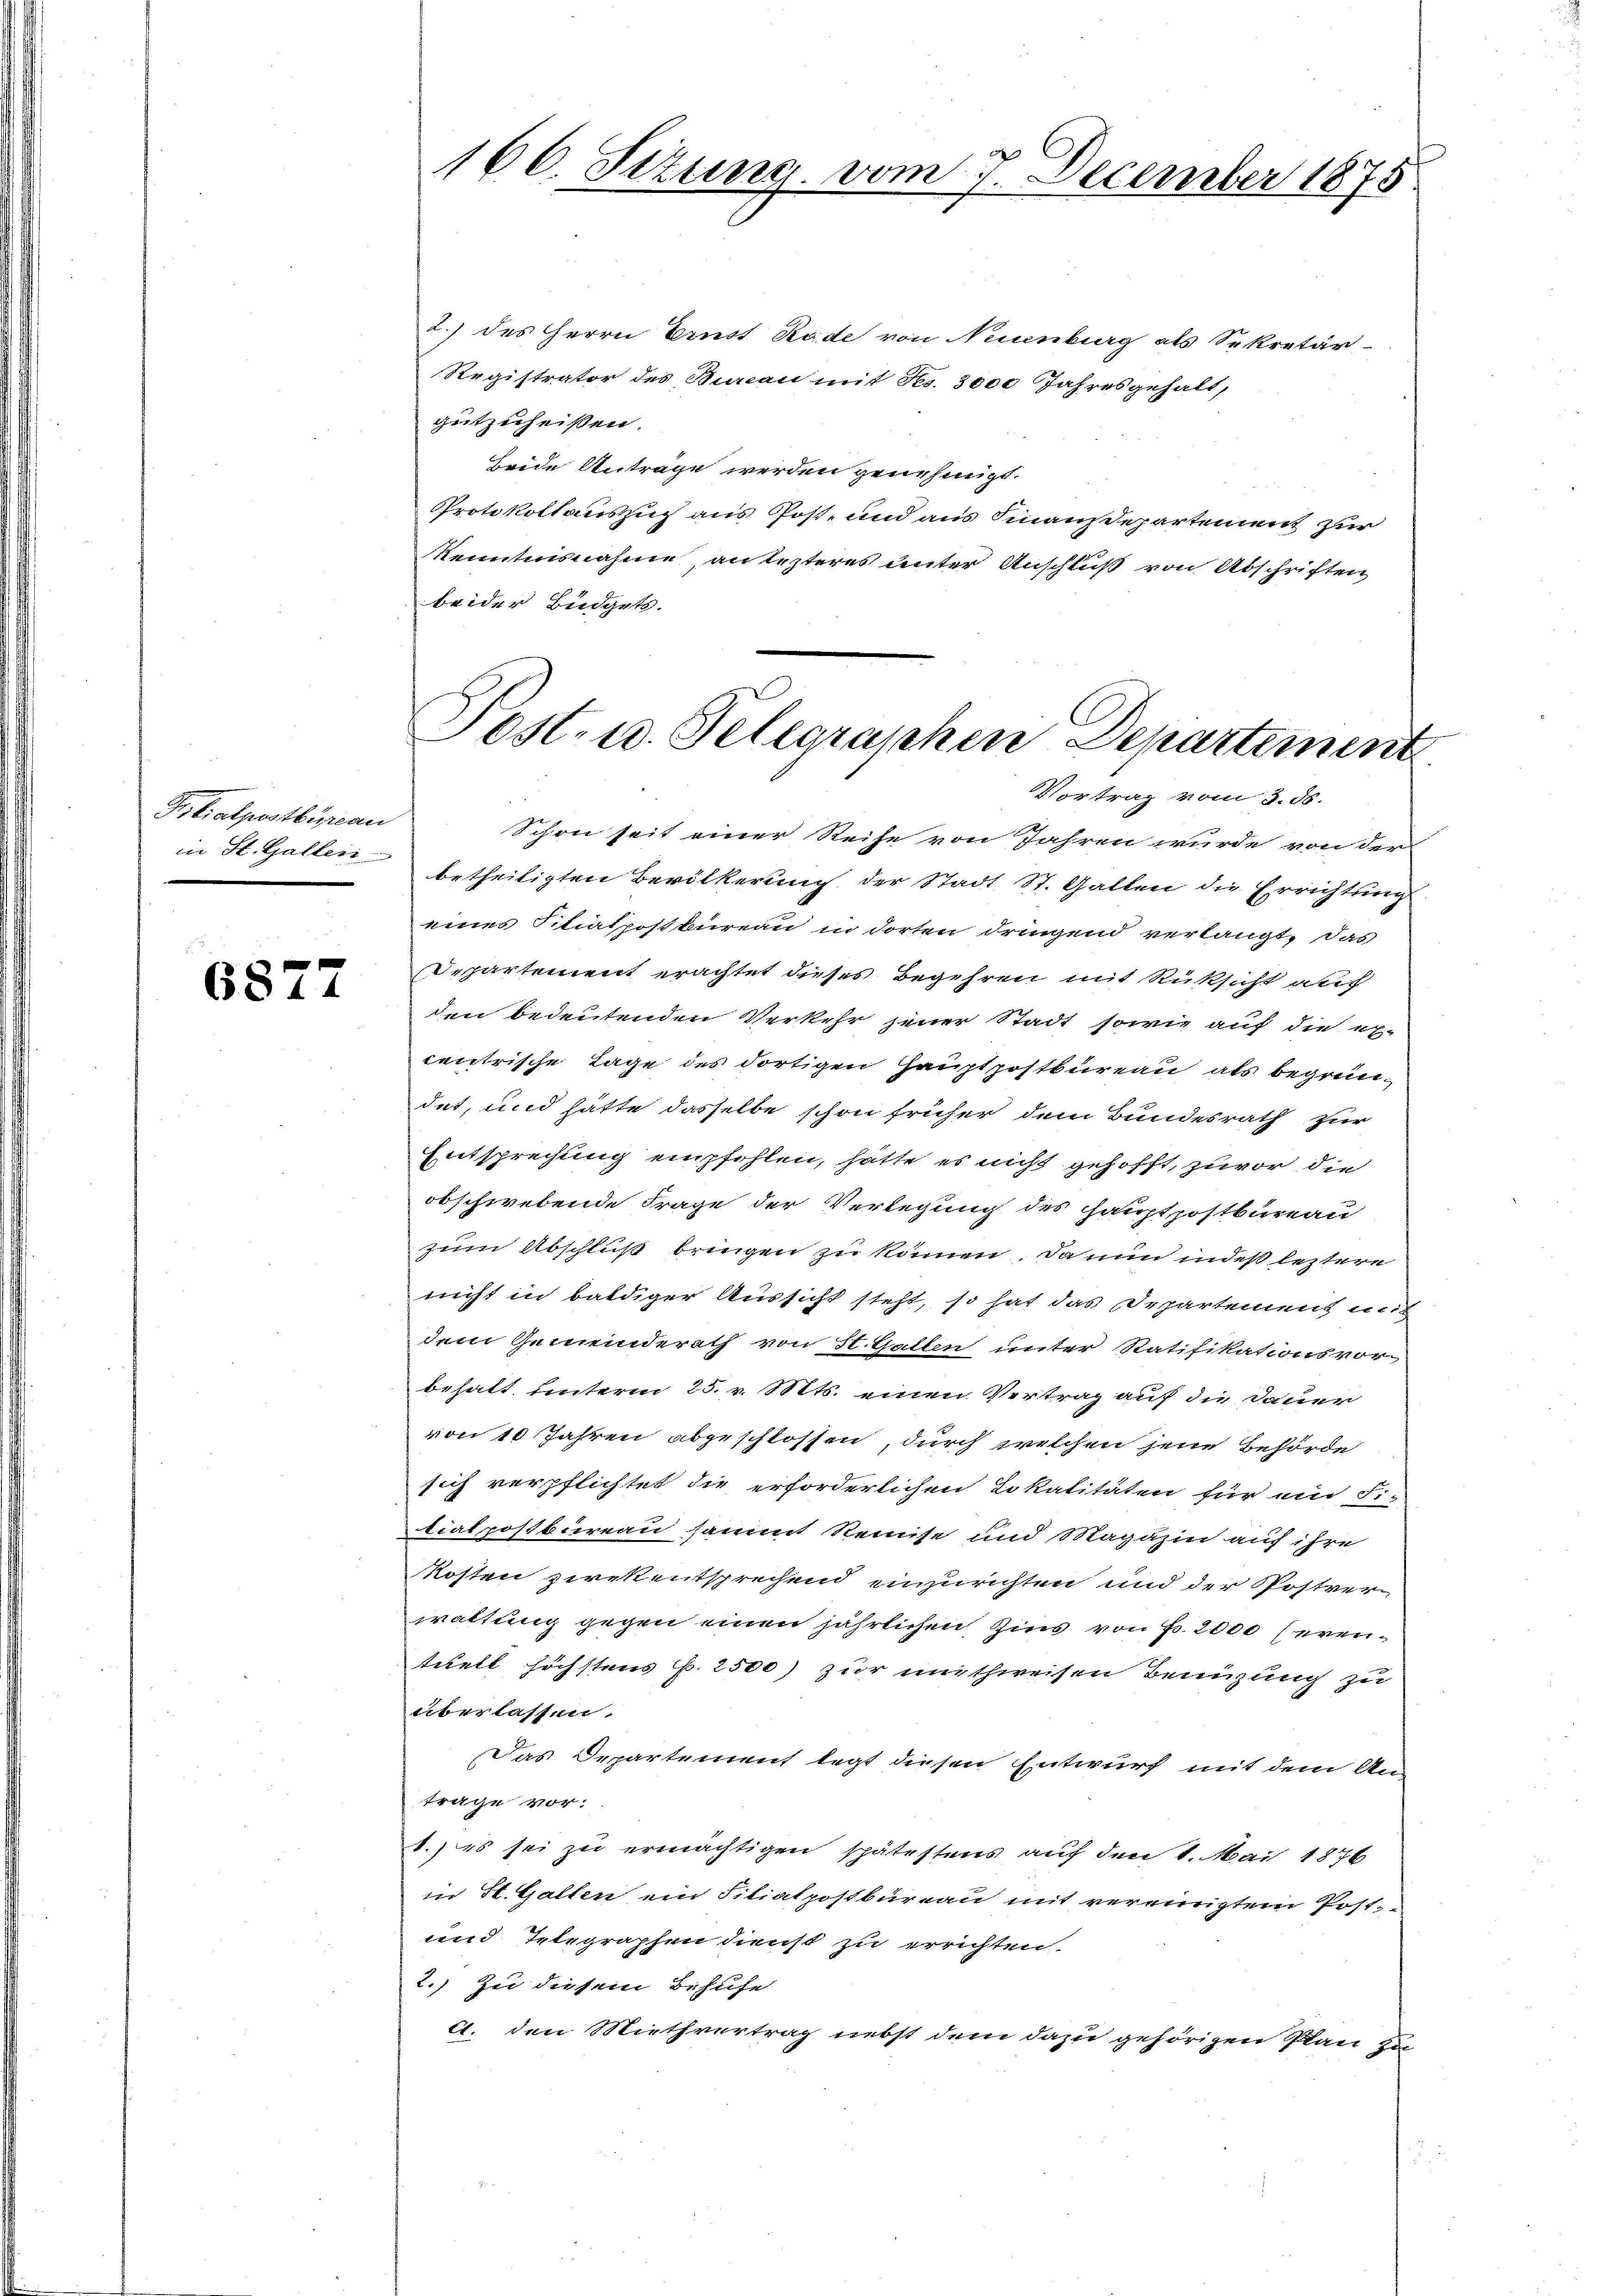
Prilialpostbüreau

6877

166. Sizung vom 7. December 1875

2.) des Herrn Ernst Rade von Neuenburg als Sekretär
Registrator des Bureau mit Frs. 3000 Jahresgehalt,
gutzuheissen.
beide Anträge werden genehmigt.
Protokollauszug aus Post- und aus Finanzdepartement zur
Kenntnisnahme, an lezteres unter Anschluß von Abschriften,
beider Büdgets.

Post- u. Telegraphen Departement
Vortrag vom 3. ds.

Schon seit einer Reihe von Jahren wurde von der
in St. Gallen betheiligten Bevölkerung der Stadt St. Gallen die Errichtung
eines Titiatpoßbureau in dorten dringend verlangt, das
Departement erachtet dieses Begehren mit Rüksicht auf
den bedeutenden Verkehr jener Stadt sowie auf die ex-
centrische Lage des dortigen Hauptpostbureau als begründet, und hätte dasselbe schon früher dem Bundesrath zur
Entsprechung empfehlen, hätte es nicht gehofft, zuvor die
obschwebende Frage der Verlegung des Hauptpostbureau
zum Abschluß bringen zu können. Da nun indes leztere
nicht in baldiger Aussicht steht, so hat das Departement mit
dem Gemeinderath von St. Gallen unter Ratifikationsvor
behalt, unterm 25. v. Mts. einen Vertrag auf die Dauer
von 10 Jahren abgeschlossen, durch welchen jene Behörde
sich verpflichtet die erforderlichen Lokalitäten für ein Fi-
tialpostbureau sammt Reinise und Magazin auf ihre
Kosten zwekentsprechend einzurichten und der Postverwaltung gegen einen jährlichen Zins von Fr. 2000 herentuell höchstens p. 2500) zur unthweisen Benutzung zu
überlassen.
Das Departement legt diesen Entwurf mit dem Antrage vor:
1.) es sei zu ermächtigen spätestens auf den 1. Mai 1876
in St. Gallen ein Filiatpostbureau mit vereinigtem Post¬
und Telegraphen dienst zu errichten.
2.) Zu diesem Behufe
A. den Miethvertrag nebst dem dazu gehörigen Plan zu